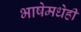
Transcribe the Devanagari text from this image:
भाषेमधेही